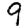
Digit: 9